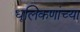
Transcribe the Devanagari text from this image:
धूलिकणांच्या